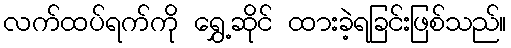
လက်ထပ်ရက်ကို ရွှေ့ဆိုင် ထားခဲ့ရခြင်းဖြစ်သည်။